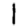
Digit: 1